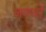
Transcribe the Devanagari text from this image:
जणवों